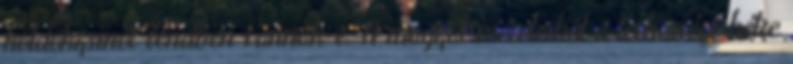
köldökzsinór rendben vannak-e. A magzat méreteiből a terhességi hétre